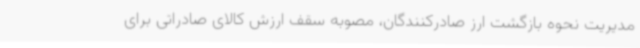
مدیریت نحوه بازگشت ارز صادرکنندگان، مصوبه سقف ارزش کالای صادراتی برای